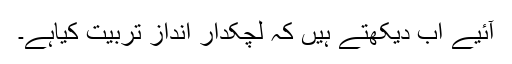
آئیے اب دیکھتے ہیں کہ لچکدار اندازِ تربیّت کیاہے۔